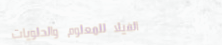
الفيلا للمعلوم والحلويات